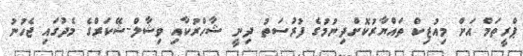
ޕްރީތަމް އަށް މިއުޒިކް ތައްޔާރުކޮށްދިނުމުގެ ފުރުސަތު ދިނީ ޝާހްރުކާއި ވިޝާލް-ޝޭކަރްގެ މެދުގައި ޖެހުނު